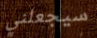
سيجعلني